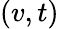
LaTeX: (v,t)